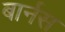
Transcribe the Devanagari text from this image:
बार्नस